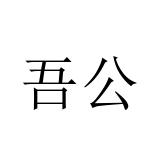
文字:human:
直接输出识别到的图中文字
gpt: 吾公